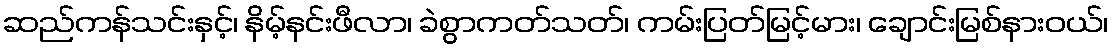
ဆည်ကန်သင်းနှင့်၊ နိမ့်နင်းဖီလာ၊ ခဲစွာကတ်သတ်၊ ကမ်းပြတ်မြင့်မား၊ ချောင်းမြစ်နားဝယ်၊